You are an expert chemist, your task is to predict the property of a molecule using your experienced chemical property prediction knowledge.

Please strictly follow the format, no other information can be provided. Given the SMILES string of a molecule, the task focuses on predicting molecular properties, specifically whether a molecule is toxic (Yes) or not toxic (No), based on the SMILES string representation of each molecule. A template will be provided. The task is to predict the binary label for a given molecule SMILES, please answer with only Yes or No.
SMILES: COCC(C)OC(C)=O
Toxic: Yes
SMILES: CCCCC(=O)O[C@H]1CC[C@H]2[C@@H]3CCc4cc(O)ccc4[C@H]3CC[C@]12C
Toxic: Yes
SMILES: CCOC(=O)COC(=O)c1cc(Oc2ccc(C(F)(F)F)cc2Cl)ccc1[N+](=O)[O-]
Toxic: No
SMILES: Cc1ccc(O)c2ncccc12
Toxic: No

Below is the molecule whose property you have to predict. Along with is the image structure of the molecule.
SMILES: CN(C)C1CCCCC1
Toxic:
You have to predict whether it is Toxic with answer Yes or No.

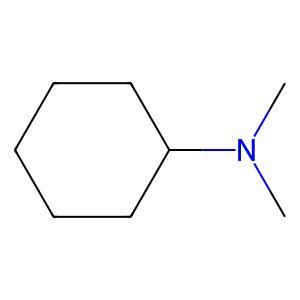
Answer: No